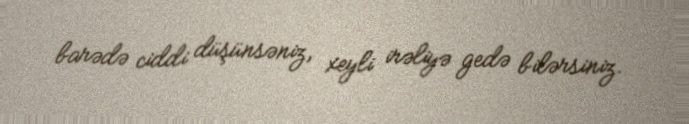
barədə ciddi düşünsəniz, xeyli irəliyə gedə bilərsiniz.